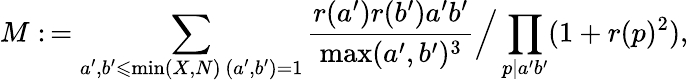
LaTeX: M:\, =\sum_{\substack{a^{\prime},b^{\prime}\leqslant\operatorname*{min}(X,N)\, (a^{\prime},b^{\prime})=1}}\frac{r(a^{\prime})r(b^{\prime})a^{\prime}b^{\prime}}{\operatorname*{max}(a^{\prime},b^{\prime})^{3}}\Big/\prod_{p|a^{\prime}b^{\prime}}(1+r(p)^{2}),